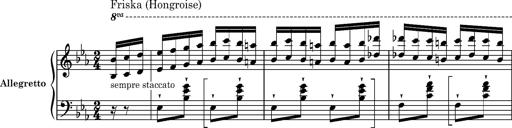
Title: 8 Album Leaves
Composer: Franz Liszt